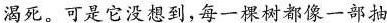
渴死。可是它没想到，每一棵树都像一部抽